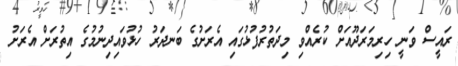
ރައީސް ވަނީ ހިރިމަރަދޫއަށް ކުރެއްވި މިދަތުރުފުޅުގައި އެރަށުގެ ބަނދަރު ހުޅުވައިދިނުމުގެ އިތުރަށް އެރަށު